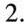
2.